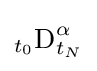
_{t_{0}}{\text{D}}_{t_{N}}^{\alpha }